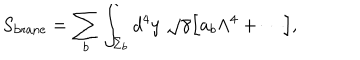
LaTeX: S _ { \mathrm { b r a n e } } = \sum _ { b } \int _ { \Sigma _ { b } } d ^ { 4 } y \; \sqrt \gamma \Bigl [ a _ { b } \Lambda ^ { 4 } + \cdots \Bigr ] ,